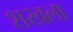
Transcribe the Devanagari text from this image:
शखला